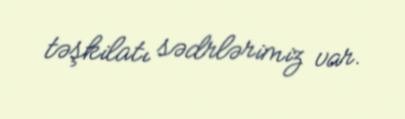
təşkilatı sədrlərimiz var.